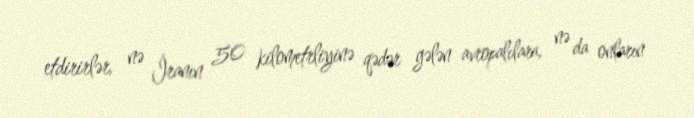
etdirirlər, nə İranın 50 kilometrliyinə qədər gələn avropalılara, nə da onların